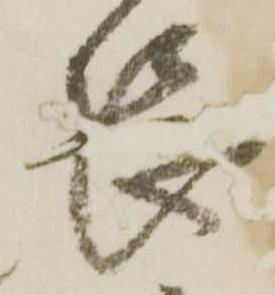
長